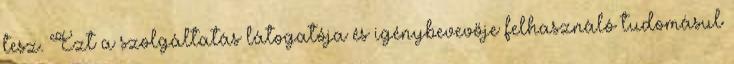
tesz. Ezt a szolgáltatás látogatója és igénybevevője felhasználó tudomásul